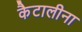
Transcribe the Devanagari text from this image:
कैटालीना